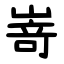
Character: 嵜